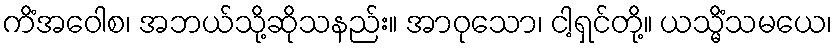
ကိံအဝေါစ၊ အဘယ်သို့ဆိုသနည်း။ အာဝုသော၊ ငါ့ရှင်တို့။ ယသ္မိံသမယေ၊